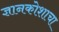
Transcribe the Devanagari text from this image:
ज्ञानकोशाचा